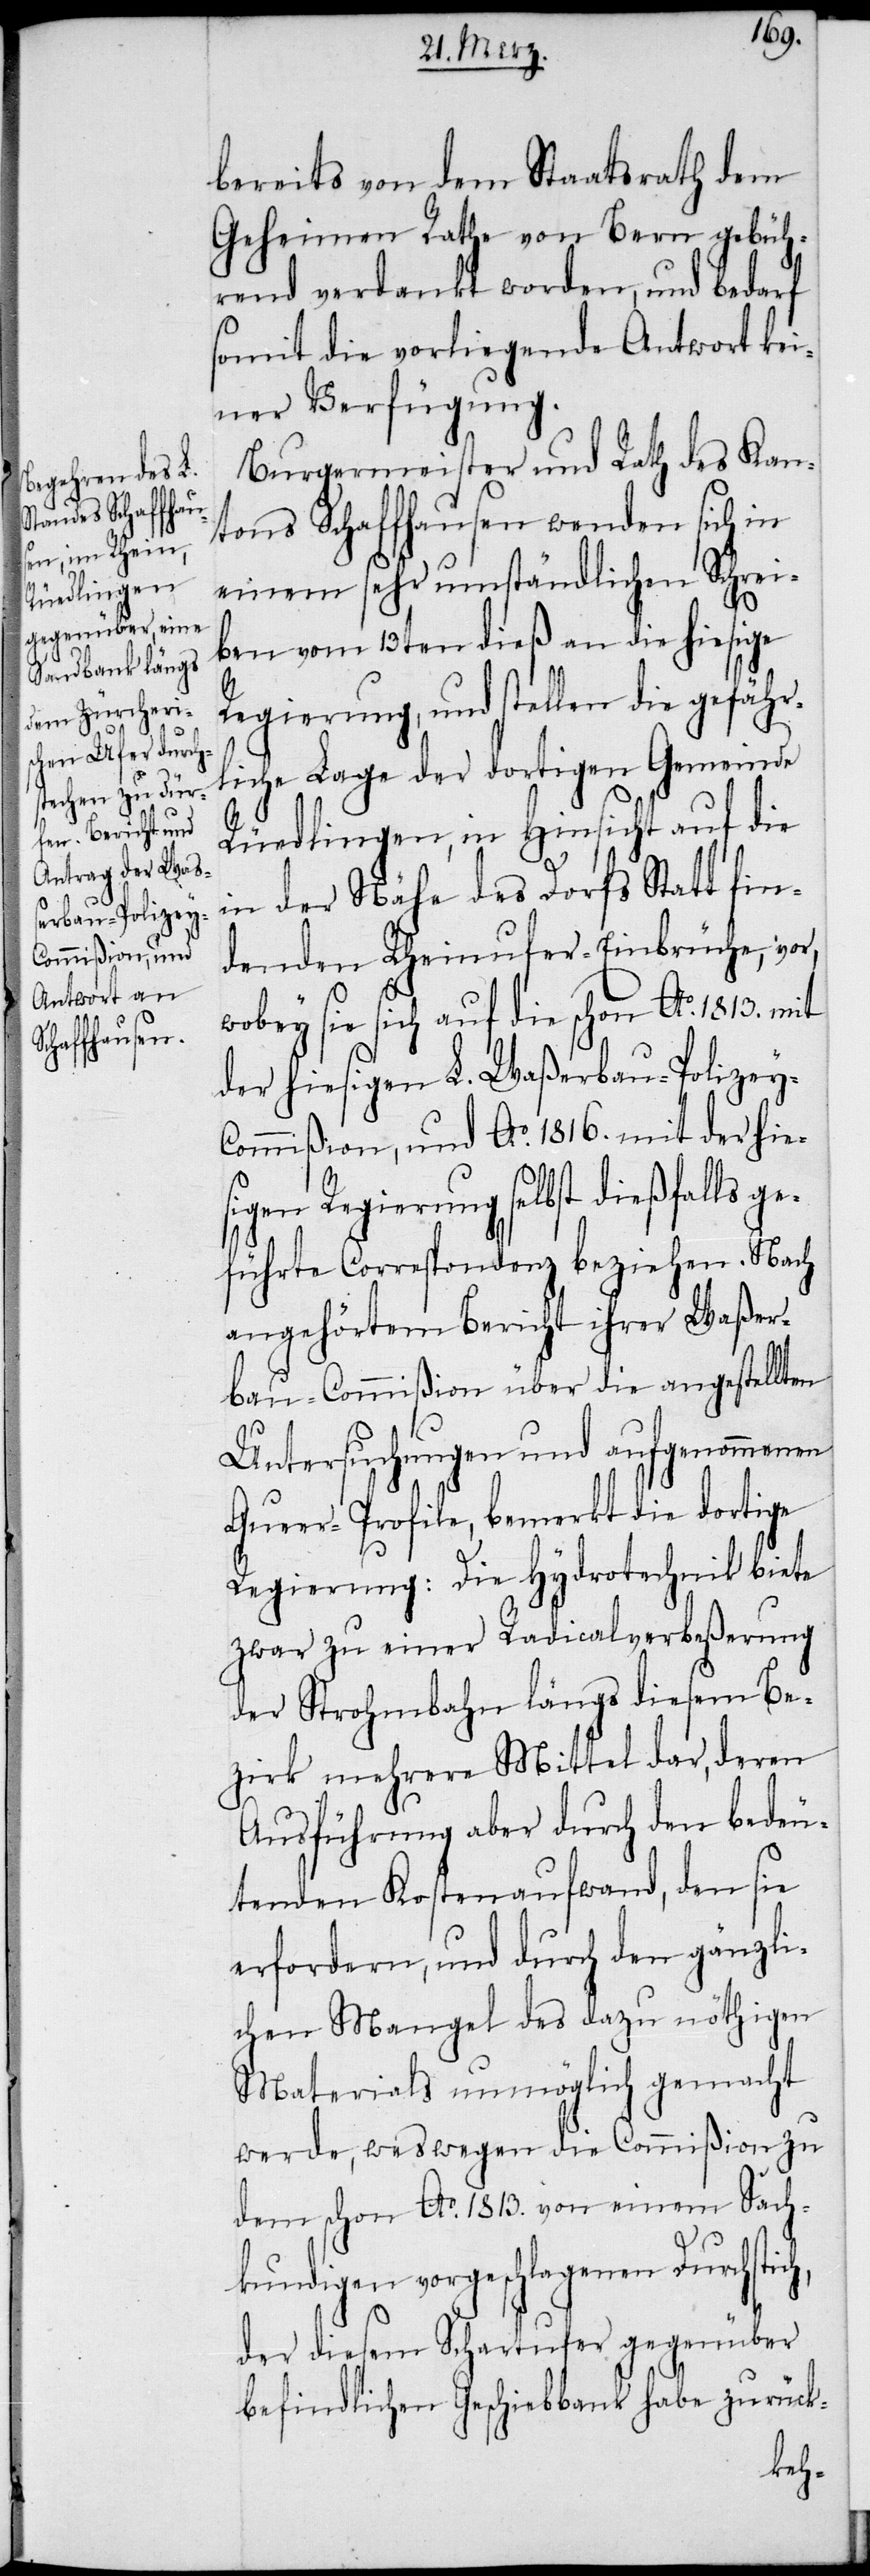
bereits von dem Staatsrath dem
Geheimen Rathe von Bern gebüh¬
rend verdankt worden, und bedarf
somit die vorliegende Antwort kei¬
ner Verfügung.
Burgermeister und Rath des Kan¬
tons Schaffhausen wenden sich in
einem sehr umständlichen Schrei¬
ben vom 13ten dieß an die hiesige
Regierung, und stellen die gefäh¬
rliche Lage der dortigen Gemeinde
Rüedlingen, in Hinsicht auf die
in der Nähe des Dorfs Statt fin¬
denden Rheinufer-Einbrüche, vor,
wobey sie sich auf die schon Ao. 1813. mit
der hiesigen L. Waßerbau-Polizey-C¬
ommißion, und Ao. 1816. mit der hie¬
sigen Regierung selbst dießfalls ge¬
h,
führte Correspondenz beziehen. Nach
angehörtem Bericht ihrer Waßer¬
bau-Commißion über die angestellten
Untersuchungen und aufgenommenen
Queer-Profile, bemerkt die dortige
Regierung: Die Hydrotechnik biete
zwar zu einer Radicalverbeßerung
der Strohmbahn längs diesem Be¬
zirk mehrere Mittel dar, deren
Ausführung aber durch den bedeu¬
tenden Kostenaufwand, den sie
erfordern, und durch den gänzli¬
chen Mangel des dazu nöthigen
Materials unmöglich gemacht
werde, weswegen die Commißion zu
dem schon Ao. 1813. von einem Sach¬
kundigen vorgeschlagenen Durchstic¬
der diesem Schartufer gegenüber
befindlichen Geschiebbank habe zurück-